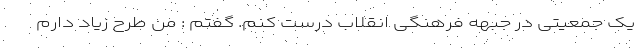
یک جمعیتی در جبهه فرهنگی انقلاب درست کنم. گفتم : من طرح زیاد دارم